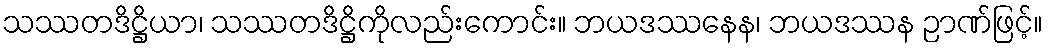
သဿတဒိဋ္ဌိယာ၊ သဿတဒိဋ္ဌိကိုလည်းကောင်း။ ဘယဒဿနေန၊ ဘယဒဿန ဉာဏ်ဖြင့်။